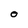
Character: O